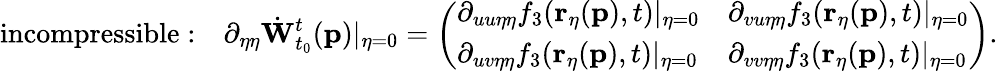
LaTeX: \mathrm{incompressible:\quad}\partial_{\eta\eta}\dot{\mathbf{W}}_{t_{0}}^{t}(\mathbf{p})\vert_{\eta=0}=\left(\begin{array}{ll}{\partial_{uu\eta\eta}f_{3}(\mathbf{r}_{\eta}(\mathbf{p}),t)\vert_{\eta=0}}&{\partial_{vu\eta\eta}f_{3}(\mathbf{r}_{\eta}(\mathbf{p}),t)\vert_{\eta=0}}\\ {\partial_{uv\eta\eta}f_{3}(\mathbf{r}_{\eta}(\mathbf{p}),t)\vert_{\eta=0}}&{\partial_{vv\eta\eta}f_{3}(\mathbf{r}_{\eta}(\mathbf{p}),t)\vert_{\eta=0}}\end{array}\right).